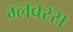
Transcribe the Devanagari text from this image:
ग्लबरस